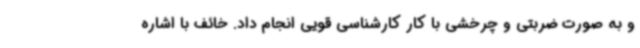
و به صورت ضربتی و چرخشی با کار کارشناسی قویی انجام داد. خائف با اشاره